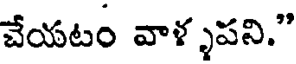
చేయటం వాళ్ళపని."